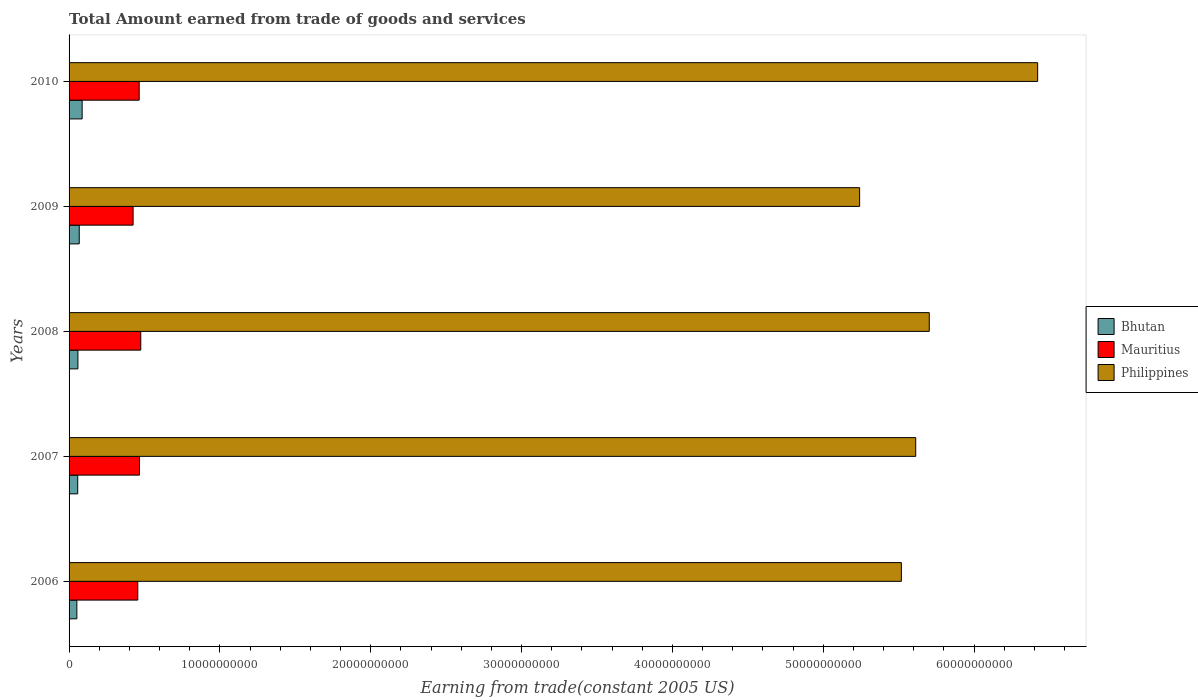
| Years | Bhutan | Mauritius | Philippines |
 | --- | --- | --- | --- |
 | 2006 | 5.17e+08 | 4.56e+09 | 5.52e+10 |
 | 2007 | 5.73e+08 | 4.67e+09 | 5.61e+10 |
 | 2008 | 5.86e+08 | 4.75e+09 | 5.7e+10 |
 | 2009 | 6.73e+08 | 4.24e+09 | 5.24e+10 |
 | 2010 | 8.67e+08 | 4.65e+09 | 6.42e+10 |